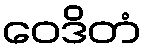
ဝေဒိတံ